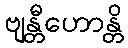
ဗျန္တီဟောန္တိ